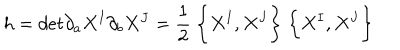
h = d e t \partial _ { a } X ^ { I } \partial _ { b } X ^ { J } = \frac { 1 } { 2 } ~ \biggl \{ X ^ { I } , X ^ { J } \biggr \} ~ \biggl \{ X ^ { I } , X ^ { J } \biggr \}